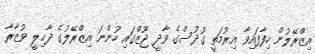
އިޒްރޭލުން ހިފާފައިވާ އިރުމަތީ ގުދުސްގެ ވާދީ ޖޫޒްގައި ހުންނަ އިޒްރޭލުގެ ދާޚިލީ ވުޒާރާ